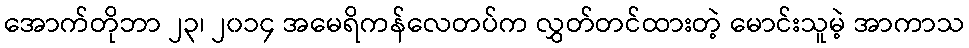
အောက်တိုဘာ ၂၃၊ ၂၀၁၄ အမေရိကန်လေတပ်က လွှတ်တင်ထားတဲ့ မောင်းသူမဲ့ အာကာသ